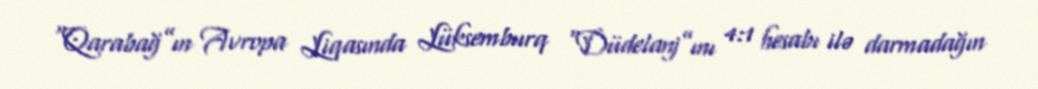
“Qarabağ”ın Avropa Liqasında Lüksemburq “Düdelanj”ını 4:1 hesabı ilə darmadağın